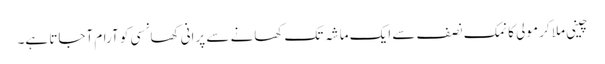
چینی ملا کر مولی کا نمک نصف سے ایک ماشہ تک کھانے سے پرانی کھانسی کو آرام آجاتا ہے۔